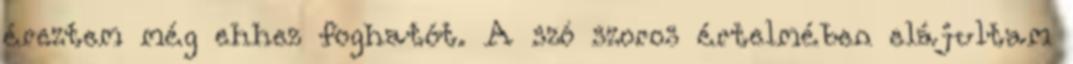
éreztem még ehhez foghatót. A szó szoros értelmében elájultam